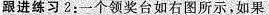
跟进练习2：-个领奖台如右图所示，如果